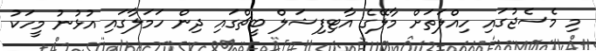
މި މެސެޖުގައި ހިއްލަތަށް މާލޭގެ އާޓިފިޝަލް ބީޗްގައި ދިން ހަމަލާގައި އުޅުނު މީހަކު